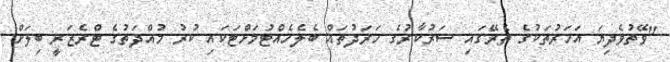
"ވޭތުވެދިޔަ އަހަރުތަކުގެ ތެރޭގައި ސަރުކާރުގެ ހަރަދުތައް ބެލެހެއްޓުމަށްޓަކައި ކުރު މުއްދަތުގެ ޓްރެޒަރީ ބިލަށް